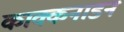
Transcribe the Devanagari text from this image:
काक्कनाडन